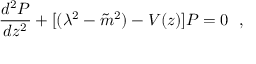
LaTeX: \frac { d ^ { 2 } P } { d z ^ { 2 } } + [ ( \lambda ^ { 2 } - { \tilde { m } } ^ { 2 } ) - V ( z ) ] P = 0 ~ ~ ,